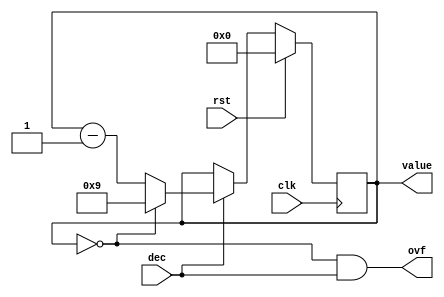
/*
   This file was generated automatically by Alchitry Labs version 1.2.7.
   Do not edit this file directly. Instead edit the original Lucid source.
   This is a temporary file and any changes made to it will be destroyed.
*/

/*
   Parameters:
     INIT = d0
*/
module decimal_counter_26 (
    input clk,
    input rst,
    input dec,
    output reg ovf,
    output reg [3:0] value
  );
  
  localparam INIT = 1'h0;
  
  
  reg [3:0] M_val_d, M_val_q = 1'h0;
  
  always @* begin
    M_val_d = M_val_q;
    
    value = M_val_q;
    ovf = M_val_q == 1'h0 && dec;
    if (dec) begin
      if (M_val_q == 1'h0) begin
        M_val_d = 4'h9;
      end else begin
        M_val_d = M_val_q - 1'h1;
      end
    end
  end
  
  always @(posedge clk) begin
    if (rst == 1'b1) begin
      M_val_q <= 1'h0;
    end else begin
      M_val_q <= M_val_d;
    end
  end
  
endmodule